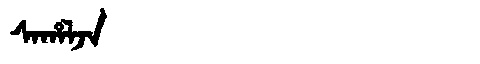
Manchu: ᠰᠠᡥᠠᠯᠵᠠ
Romanization: SAHALJA